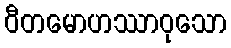
ဝီတမောဟဿာဝုသော